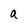
Character: a